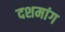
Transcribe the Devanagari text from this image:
दशमांग